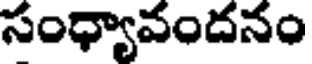
సంధ్యావందనం